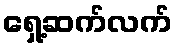
ရှေ့ဆက်လက်